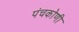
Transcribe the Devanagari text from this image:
पंचकोणी